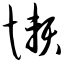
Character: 懒